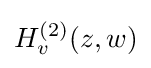
H_{v}^{(2)}(z,w)